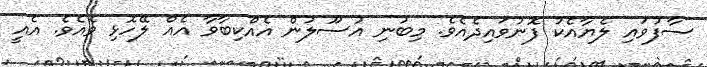
ސާފުވައި ލެޔާއެކު ފޮނުވައިދެއެވެ. މިބުނި އުސޫލުން އެއްކިބާވާ އެއް ލޭހޮޅި ވެއެވެ. އެއީ